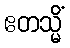
ဧတသ္မိံ